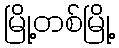
မြို့တစ်မြို့